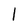
Character: l